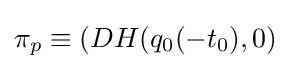
\pi _{p}\equiv (DH(q_{0}(-t_{0}),0)